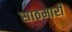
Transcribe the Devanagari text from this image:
साठमारी